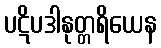
ပဋိပဒါနုတ္တရိယေန